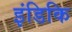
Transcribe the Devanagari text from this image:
इंडिकि